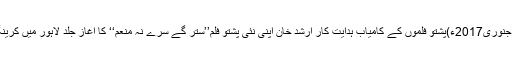
01 جنوری2017ء)پشتو فلموں کے کامیاب ہدایت کار ارشد خان اپنی نئی پشتو فلم’’ستر گے سرے نہ منعم‘‘ کا آغاز جلد لاہور میں کرینگے۔